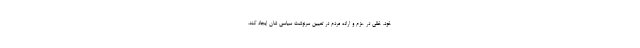
خود، خللی در عزم و اراده مردم در تعیین سرنوشت سیاسی شان ایجاد کند.